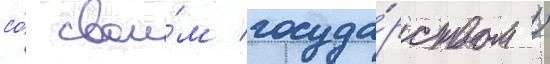
со́ свои́м госуда́рством /